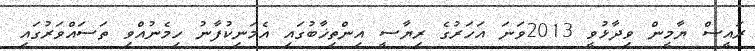
ރައީސް ޔާމީން ވިދާޅުވީ 2013ވަނަ އަހަރުގެ ރިޔާސީ އިންތިޚާބުގައި އެމަނިކުފާނު ހިމެނުއްވި ތަސައްވަރުގައި